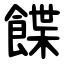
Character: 䭎